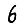
Digit: 6